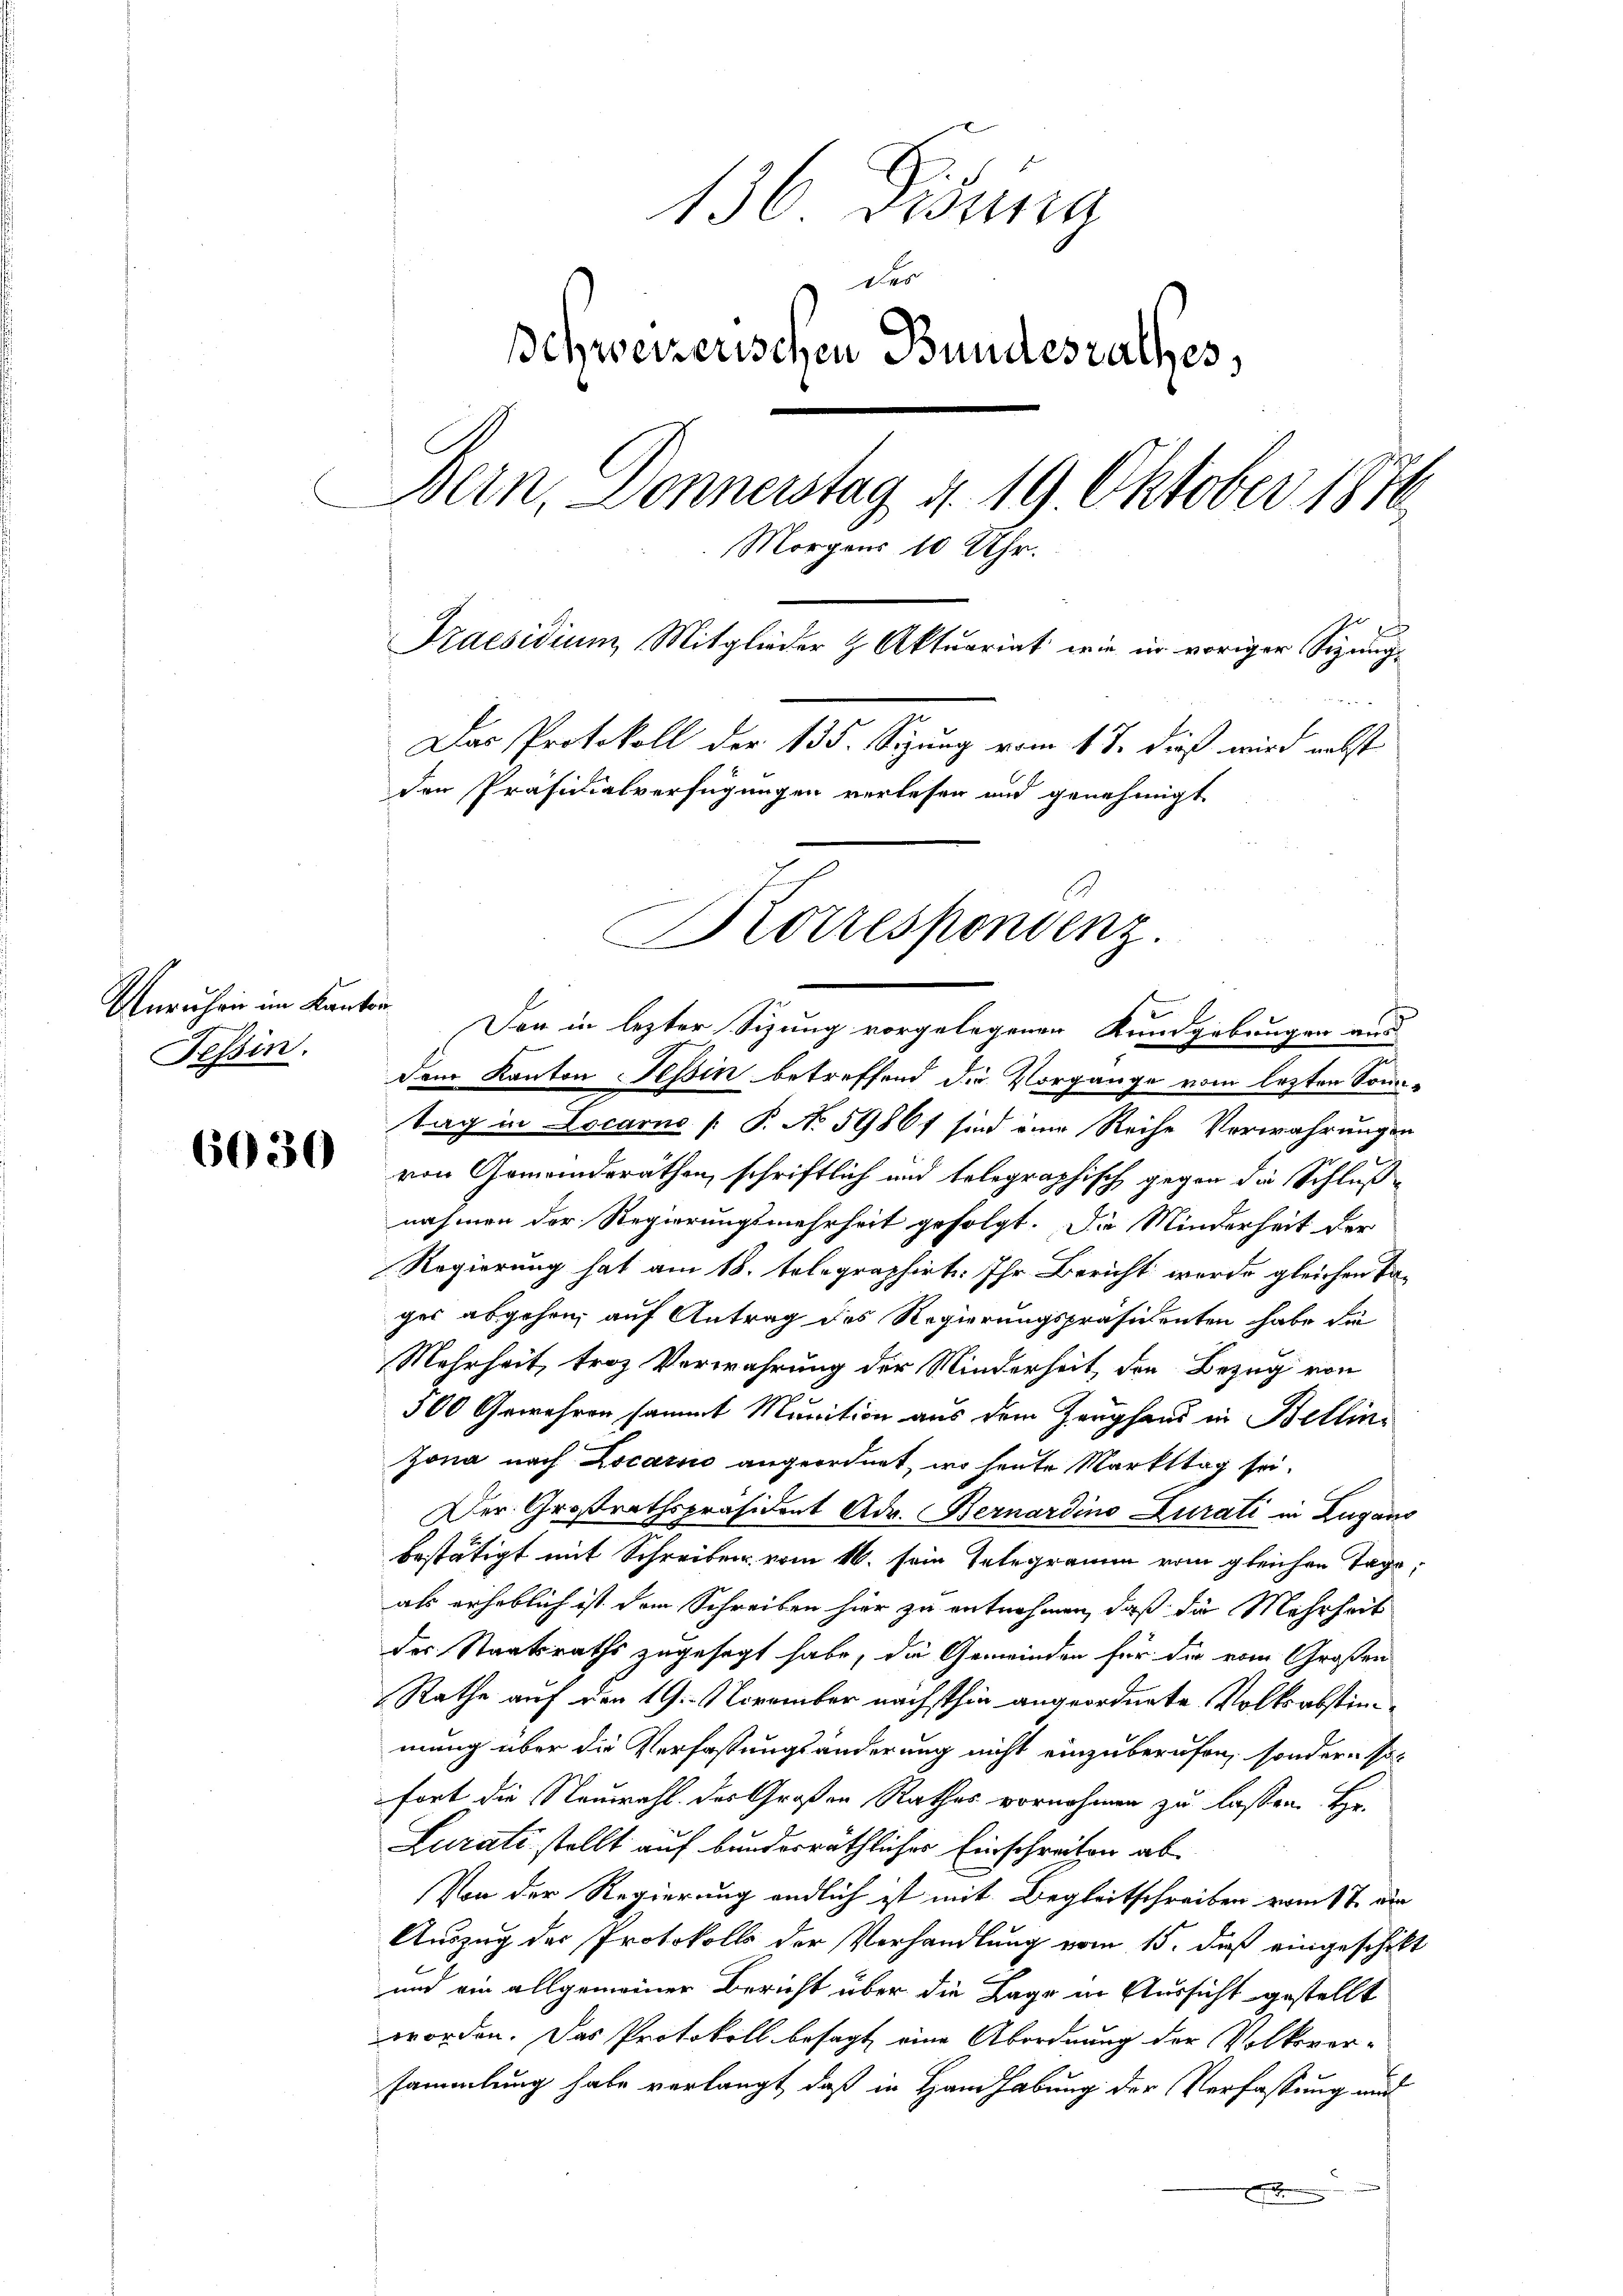
Unruhen im Kanton
Tessin.

6030

136 Didung
des
schweizerischen Bundesrathes,
Bern, Donnerstag 4. 19. Oktober 1870
Morgens 10 Uhr.
Praesidium Mitglieder & Aktuariat wie in voriger Sizung¬
Das Protokoll der 135. Sizung vom 17. dieß wird nebst
den Präsidialverfügungen verlesen und genehmigt
Korrespondenz.

Dem Kanton Tessin betreffend die Vorgange vom letzten Sonn¬
Tag in Locarno [ P. N. 59861 sind eine Reihe Verwahrungen
von Gemeindsräthen, schriftlich und telegraphisch gegen die Schluß-
nahmen der Regierungsmehrheit gefolgt. Die Minderheit der
Regierung hat am 18. telegraphirt. Ihr Bericht werde gleichen Tages abgehen, auf Antrag des Regierungspräsidenten habe die
Mehrheit, troz Verwahrung der Minderheit, den Bezug von
500 Gewähren sammt Munition aus dem Zeughand in Bellini
Jona nach Locario angeordnet, wo heute Markttag sei.
Der Großrathspräsident Adr. Bernardino Zurati in Lugano
bestätigt mit Schreiben vom 16. sein Telegramm vom gleichen Tag,
als erheblich ist dem Schreiben hier zu entnehmen, daß die Mehrheit
des Staatsraths zugesagt habe, die Gemeinden für die vom Großen
Rathe auf den 19. November nächsthin angeordnete Volksabstimmung über die Verfassungsänderung nicht einzuberufen, sondern so
fort die Neuwahl des Großen Rathes vornehmen zu lassen. Hr.
Lurati stellt auf bunderräthlicher Einschreiben ab¬
Von der Regierung endlich ist mit Begleitschreiben vom 1t dur
Auszug der Protokolls der Verhandlung vom 15. daß eingeschikt
und ein allgemeiner Bericht über die Lage in Aussicht gestellt
worden. Das Protokoll besagt eine Abordnung der Volksver-
sammlung habe verlangt, daß in Handhabung der Verfassung und

Den in lezter Sitzung vorgelegenen Kundgebungen aus